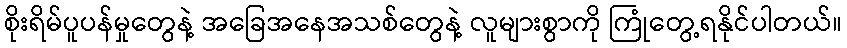
စိုးရိမ်ပူပန်မှုတွေနဲ့ အခြေအနေအသစ်တွေနဲ့ လူများစွာကို ကြုံတွေ့ရနိုင်ပါတယ်။